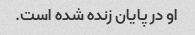
او در پایان زنده شده است.